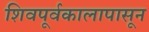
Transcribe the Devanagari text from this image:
शिवपूर्वकालापासून